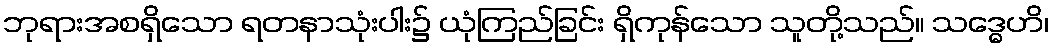
ဘုရားအစရှိသော ရတနာသုံးပါး၌ ယုံကြည်ခြင်း ရှိကုန်သော သူတို့သည်။ သဒ္ဓေဟိ၊